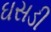
ઘસડી